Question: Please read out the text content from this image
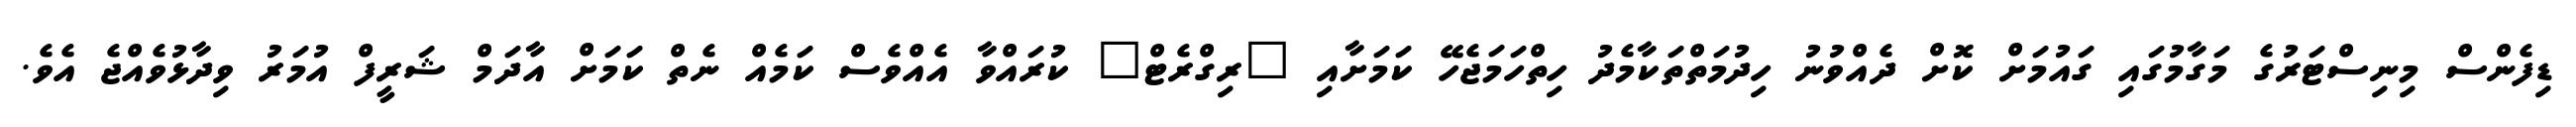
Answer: ޑިފެންސް މިނިސްޓަރުގެ މަގާމުގައި ގައުމަށް ކޮށް ދެއްވުނު ހިދުމަތްތަކާމެދު ހިތްހަމަޖެހޭ ކަމަށާއި "ރިގްރެޓް" ކުރައްވާ އެއްވެސް ކަމެއް ނެތް ކަމަށް އާދަމް ޝަރީފް އުމަރު ވިދާޅުވެއްޖެ އެވެ.